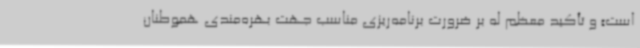
است» و تأکید معظم له بر ضرورت برنامه‌ریزی مناسب جهت بهره‌مندی هموطنان